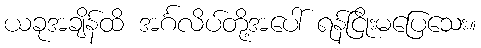
ယခုအချိန်ထိ အင်္ဂလိပ်တို့အပေါ် ရန်ငြိုးမပြေသေး။